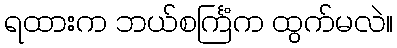
ရထားက ဘယ်စင်္ကြံက ထွက်မလဲ။